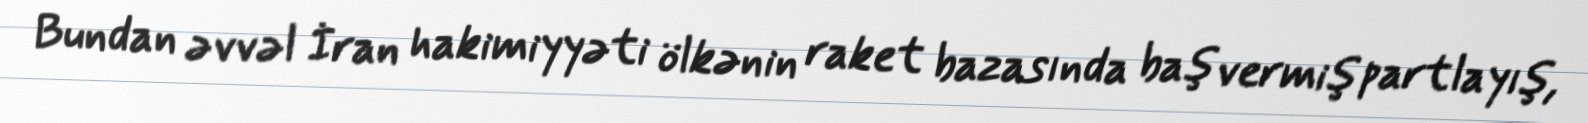
Bundan əvvəl İran hakimiyyəti ölkənin raket bazasında baş vermiş partlayış,